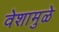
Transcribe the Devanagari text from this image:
वेशामुळे